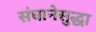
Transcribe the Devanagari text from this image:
संघानेसुद्धा